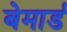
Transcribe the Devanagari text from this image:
बेमार्ड